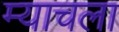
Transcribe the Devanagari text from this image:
म्याचला